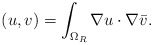
\begin{align*}(u,v)=\int_{\Omega_R} \nabla u \cdot \nabla \bar{v}.\end{align*}